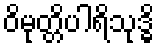
ဝိမုတ္တိပါရိသုဒ္ဓိ